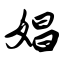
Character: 娼